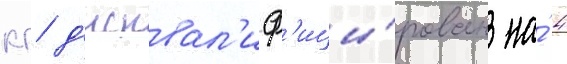
кг д'исквал'иф'ици́рован на́ 4